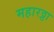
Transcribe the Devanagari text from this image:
महारठ्ठा